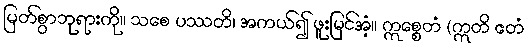
မြတ်စွာဘုရားကို။ သစေ ပဿတိ၊ အကယ်၍ ဖူးမြင်အံ့။ ဣစ္စေတံ (ဣတိ ဧတံ